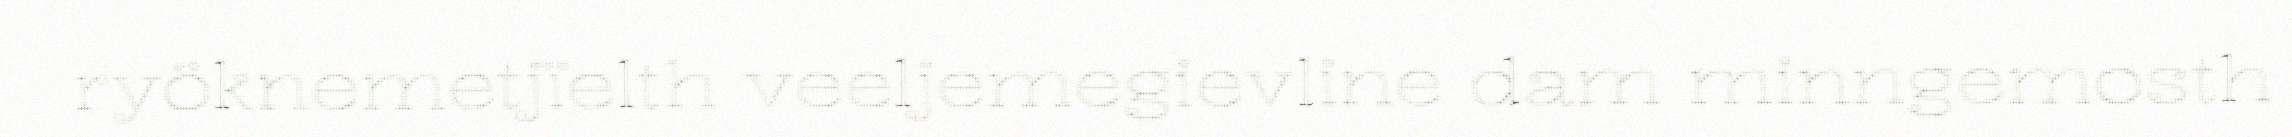
ryöknemetjïelth veeljemegievline dam minngemosth